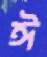
ঈ